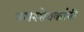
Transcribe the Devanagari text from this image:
नगरसेवकांनी